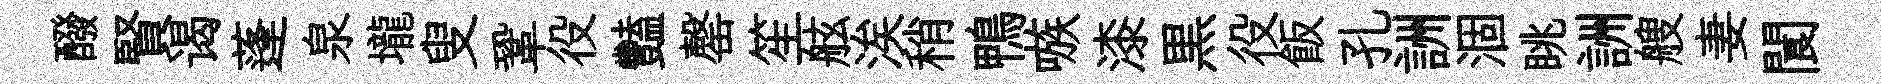
醱賢谒蓬泉壠叟鞏役豔罄笙舷涘稍鴨嗾漆黒役飯孔詶涸眺詶艘妻閬